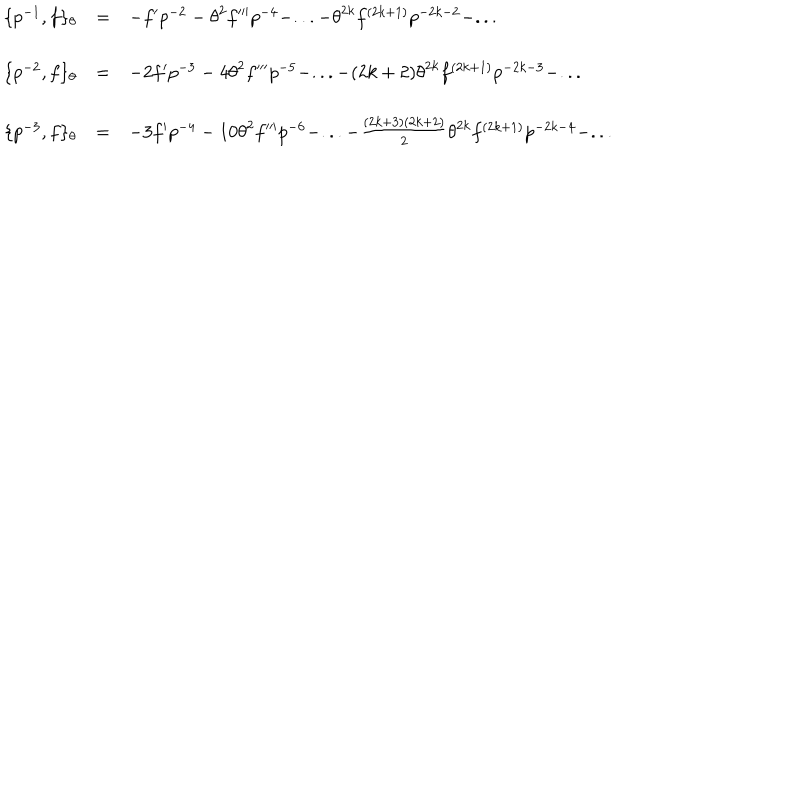
\begin{array} { l c l } { { \{ p ^ { - 1 } , f \} _ { \theta } } } & { { = } } & { { - f ^ { \prime } p ^ { - 2 } - { \theta } ^ { 2 } f ^ { \prime \prime \prime } p ^ { - 4 } - . . . - { \theta } ^ { 2 k } f ^ { ( 2 k + 1 ) } p ^ { - 2 k - 2 } - . . . } } \\ { { \{ p ^ { - 2 } , f \} _ { \theta } } } & { { = } } & { { - 2 f ^ { \prime } p ^ { - 3 } - 4 { \theta } ^ { 2 } f ^ { \prime \prime \prime } p ^ { - 5 } - . . . - ( 2 k + 2 ) { \theta } ^ { 2 k } f ^ { ( 2 k + 1 ) } p ^ { - 2 k - 3 } - . . . } } \\ { { \{ p ^ { - 3 } , f \} _ { \theta } } } & { { = } } & { { - 3 f ^ { \prime } p ^ { - 4 } - 1 0 { \theta } ^ { 2 } f ^ { \prime \prime \prime } p ^ { - 6 } - . . . - \frac { ( 2 k + 3 ) ( 2 k + 2 ) } { 2 } { \theta } ^ { 2 k } f ^ { ( 2 k + 1 ) } p ^ { - 2 k - 4 } - . . . } } \\ \end{array}